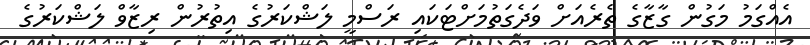
އެއްގަމު މަގުން ގާޒާގެ ތެރެއަށް ވަދެގަތުމަށްޓަކައި ރަސްމީ ލަޝްކަރުގެ އިތުރުން ރިޒާވް ލަޝްކަރުގެ